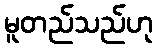
မူတည်သည်ဟု